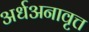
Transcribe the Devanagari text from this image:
अर्धअनावृत्त